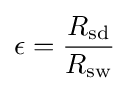
\epsilon ={\frac {R_{\text{sd}}}{R_{\text{sw}}}}